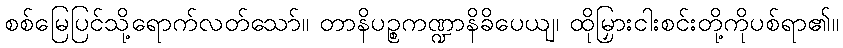
စစ်မြေပြင်သို့ရောက်လတ်သော်။ တာနိပဉ္စကဏ္ဍာနိခိပေယျ၊ ထိုမြှားငါးစင်းတို့ကိုပစ်ရာ၏။